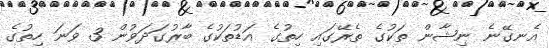
އެނގޭނެ ނިޝާން ތަކުގެ ތެރޭގައި ހިތުގެ އަޑުތަކުގެ ބާރުގަދަވުން 3 ވަނަ ހިތުގެ